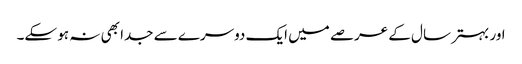
اور بہتر سال کے عرصے میں ایک دوسرے سے جدا بھی نہ ہو سکے۔